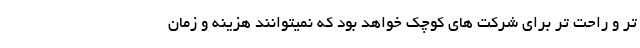
تر و راحت تر برای شرکت های کوچک خواهد بود که نمیتوانند هزینه و زمان